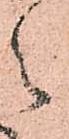
之